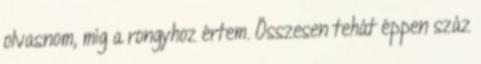
olvasnom, míg a rongyhoz értem. Összesen tehát éppen száz